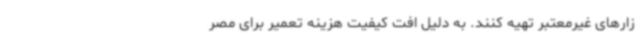
زارهای غیرمعتبر تهیه کنند. به دلیل افت کیفیت هزینه تعمیر برای مصر